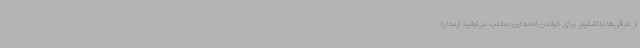
از عراقی‌ها نداشتیم. برای خواندن ادامه این مطلب می‌توانید اینجا را